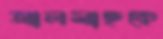
আলমাছকে